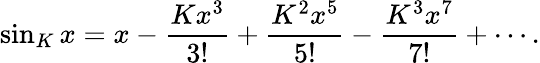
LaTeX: \sin_{K}x=x-{\frac{Kx^{3}}{3!}}+{\frac{K^{2}x^{5}}{5!}}-{\frac{K^{3}x^{7}}{7!}}+\cdots.